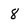
Character: 8